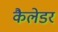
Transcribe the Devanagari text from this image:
कैलेडर